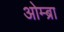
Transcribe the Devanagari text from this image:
ओम्ब्रा